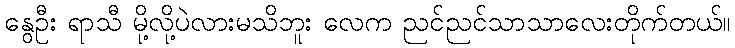
နွေဦး ရာသီ မို့လို့ပဲလားမသိဘူး လေက ညင်ညင်သာသာလေးတိုက်တယ်။